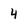
Character: 4